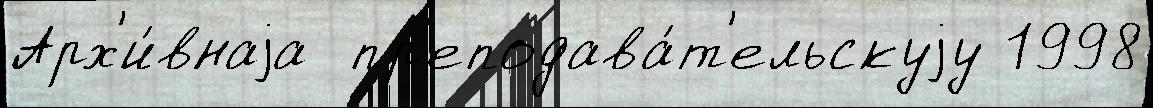
Арх'и́внаjа  пр'еподава́т'ельскуjу 1998